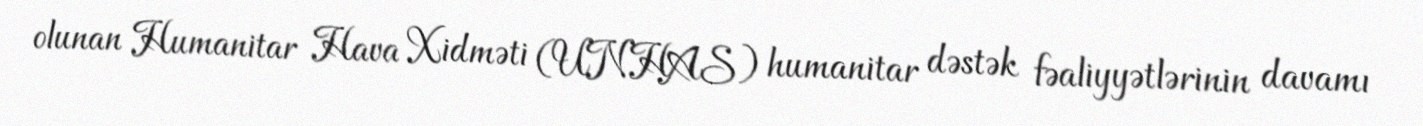
olunan Humanitar Hava Xidməti (UNHAS) humanitar dəstək fəaliyyətlərinin davamı